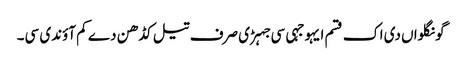
گونگلواں دی اک قسم ایہو جہی سی جہڑی صرف تیل کڈھن دے کم آؤندی سی۔